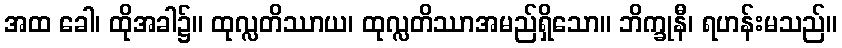
အထ ခေါ၊ ထိုအခါ၌။ ထုလ္လတိဿာယ၊ ထုလ္လတိဿာအမည်ရှိသော။ ဘိက္ခုနီ၊ ရဟန်းမသည်။